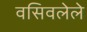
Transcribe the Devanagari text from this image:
वसिवलेले